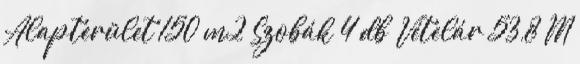
Alapterület 150 m2 Szobák 4 db Vételár 53,8 M